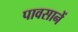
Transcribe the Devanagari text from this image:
पावसानें